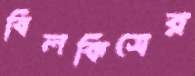
বিলকিসের